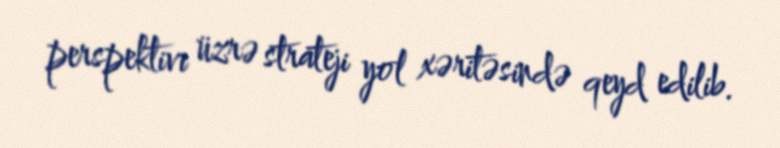
perspektivi üzrə strateji yol xəritəsində qeyd edilib.